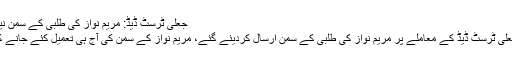
جعلی ٹرسٹ ڈیڈ: مریم نواز کی طلبی کے سمن نیب کو ارسال
اسلام آباد : جعلی ٹرسٹ ڈیڈ کے معاملے پر مریم نواز کی طلبی کے سمن ارسال کردیئے گئے، مریم نواز کے سمن کی آج ہی تعمیل کئے جانے کا امکان ہے۔